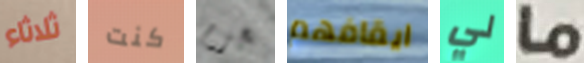
ثلاثاء كنت بحزم ايقافهم لي ما